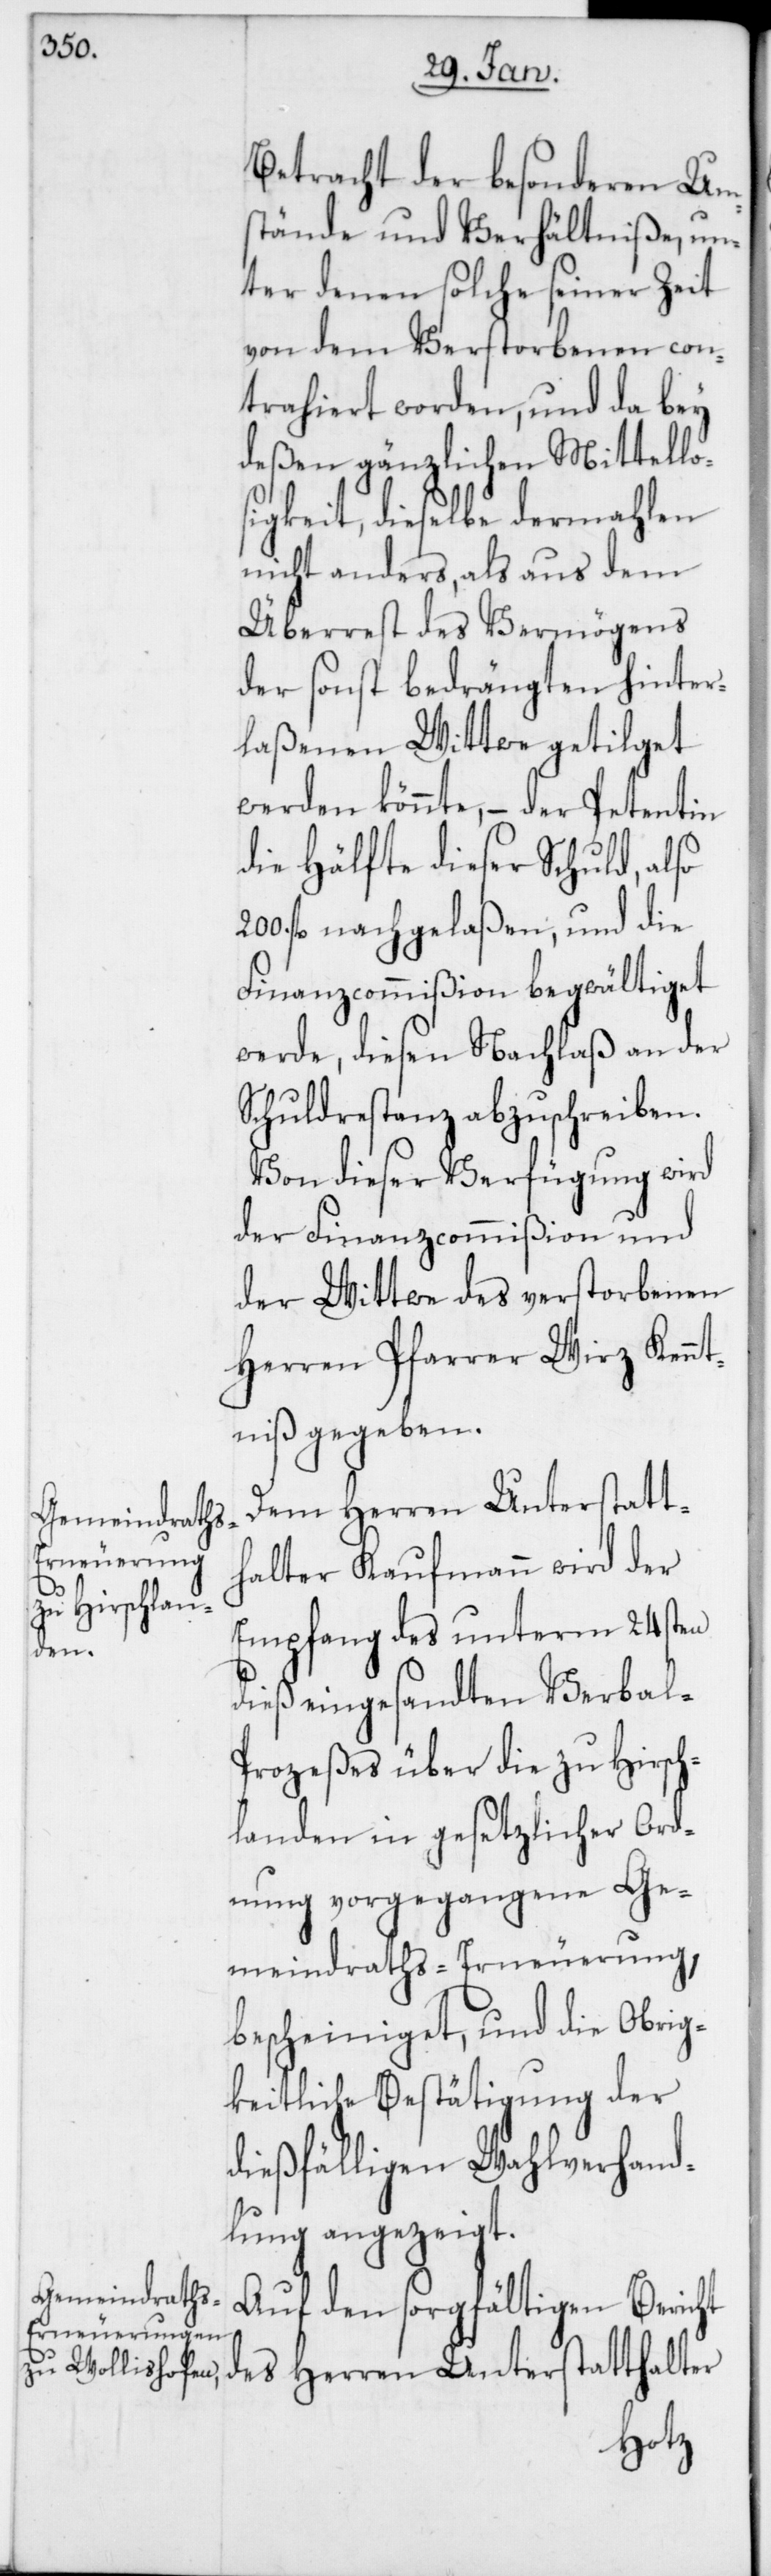
Betracht der besonderen Um¬
stände und Verhältniße, un¬
ter denen solche seiner Zeit
von dem Verstorbenen con¬
trahiert worden, und da bey
deßen gänzlicher Mittello¬
sigkeit, dieselbe dermahlen
nicht anders, als aus dem
Überrest des Vermögens
der sonst bedrängten hinter¬
laßenen Witwe getilget
werden könnte, – der Petentin
die Hälfte dieser Schuld, also
fl. nachgelaßen, und die
Finanzcommißion begwältiget
werde, diesen Nachlaß an der
Schuldrestanz abzuschreiben.
Von dieser Verfügung wird
der Finanzcommißion und
der Wittwe des verstorbenen
Herren Pfarrer Wirz Kennt¬
niß gegeben.
des Herren Unterstatt¬
halter Kaufmann wird der
Empfang des unterm 24sten
dieß eingesandten Verbal-P¬
rozeßes über die zu Hirsch¬
landen in gesetzlicher Ord¬
nung vorgegangene Ge¬
meindraths-Erneuerung,
bescheiniget, und die Obrig¬
keitliche Bestätigung der
dießfälligen Wahlverhand¬
lung angezeigt.
Auf den sorgfältigen Bericht
halter